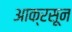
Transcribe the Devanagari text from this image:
आक्रसून